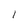
Character: 1